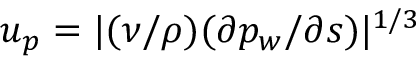
u _ { p } = | ( \nu / \rho ) ( \partial { p _ { w } } / \partial { s } ) | ^ { 1 / 3 }